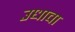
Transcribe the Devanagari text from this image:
उधाचा